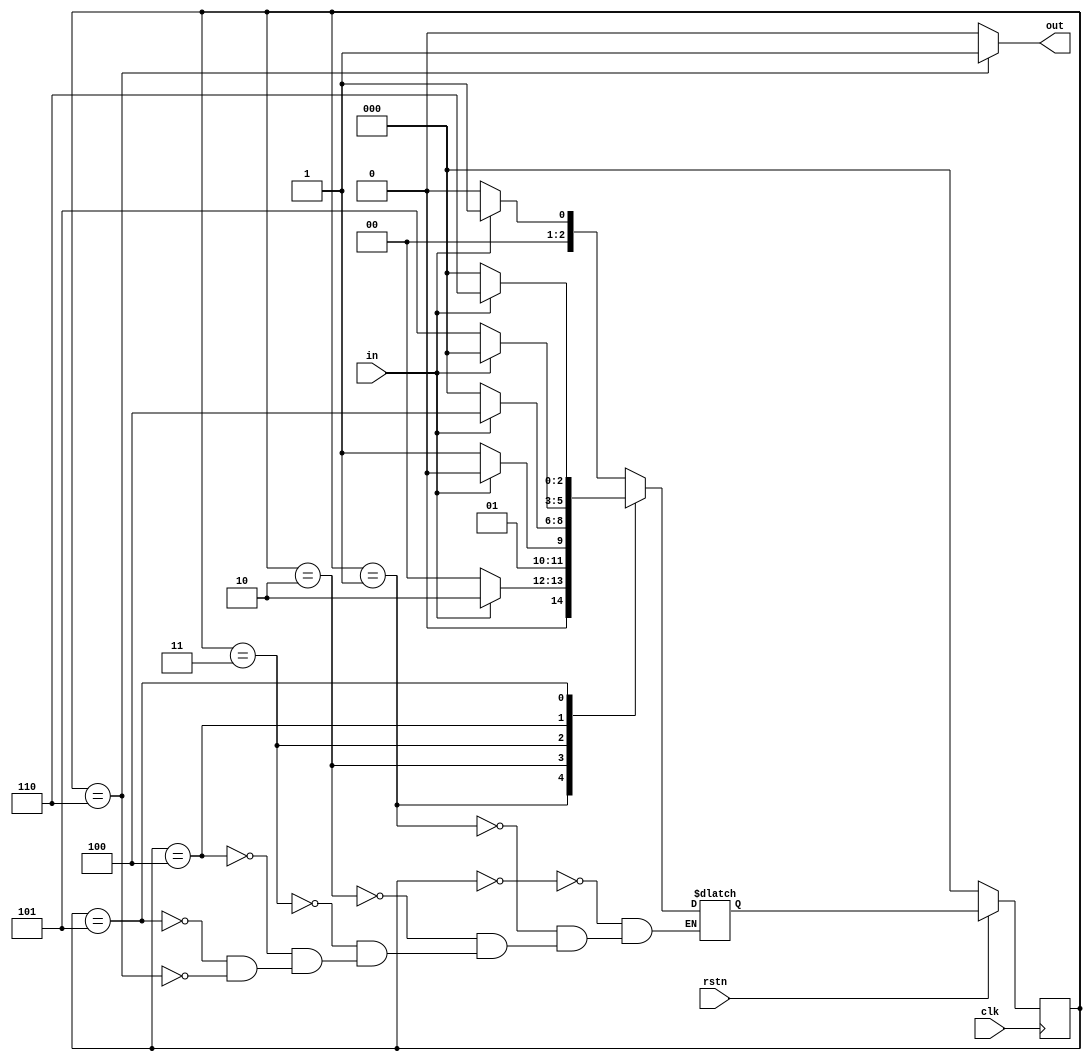
module det_110101 ( input clk,
                  	 input rstn,
                  	 input in,
                  	 output out );
  
  parameter IDLE 	= 0,
  			S1 		= 1,
  			S11 	= 2,
  			S110 	= 3,
  			S1101 	= 4,
  			S11010 	= 5,
  			S110101 = 6;
  
  reg [2:0] cur_state, next_state;
  
  assign out = cur_state == S110101 ? 1 : 0;
  
  always @ (negedge clk) begin
    if (!rstn)
      	cur_state <= IDLE;
     else 
     	cur_state <= next_state;
  end
  
  always @ (cur_state or in) begin
    case (cur_state)
      IDLE : begin
        if (in) next_state = S1;
        else 	next_state = IDLE;
      end
      
      S1: begin
        if (in) next_state = S11;
        else 	next_state = IDLE;
      end

      S11: begin
        if (!in) next_state = S110;
        else 	next_state = S11;
      end
      
      S110 : begin
        if (in) next_state = S1101;
        else 	next_state = IDLE;
      end
      
      S1101 : begin
        if (!in) next_state = S11010;
        else 	next_state = IDLE;
      end
      
      S11010: begin
        if (in) next_state = S110101;
        else 	next_state = IDLE;
      end
      
      S110101: begin
        if (in) next_state = S1;
        else 	next_state = IDLE; 		// Bug 2
      end      
    endcase
  end
endmodule